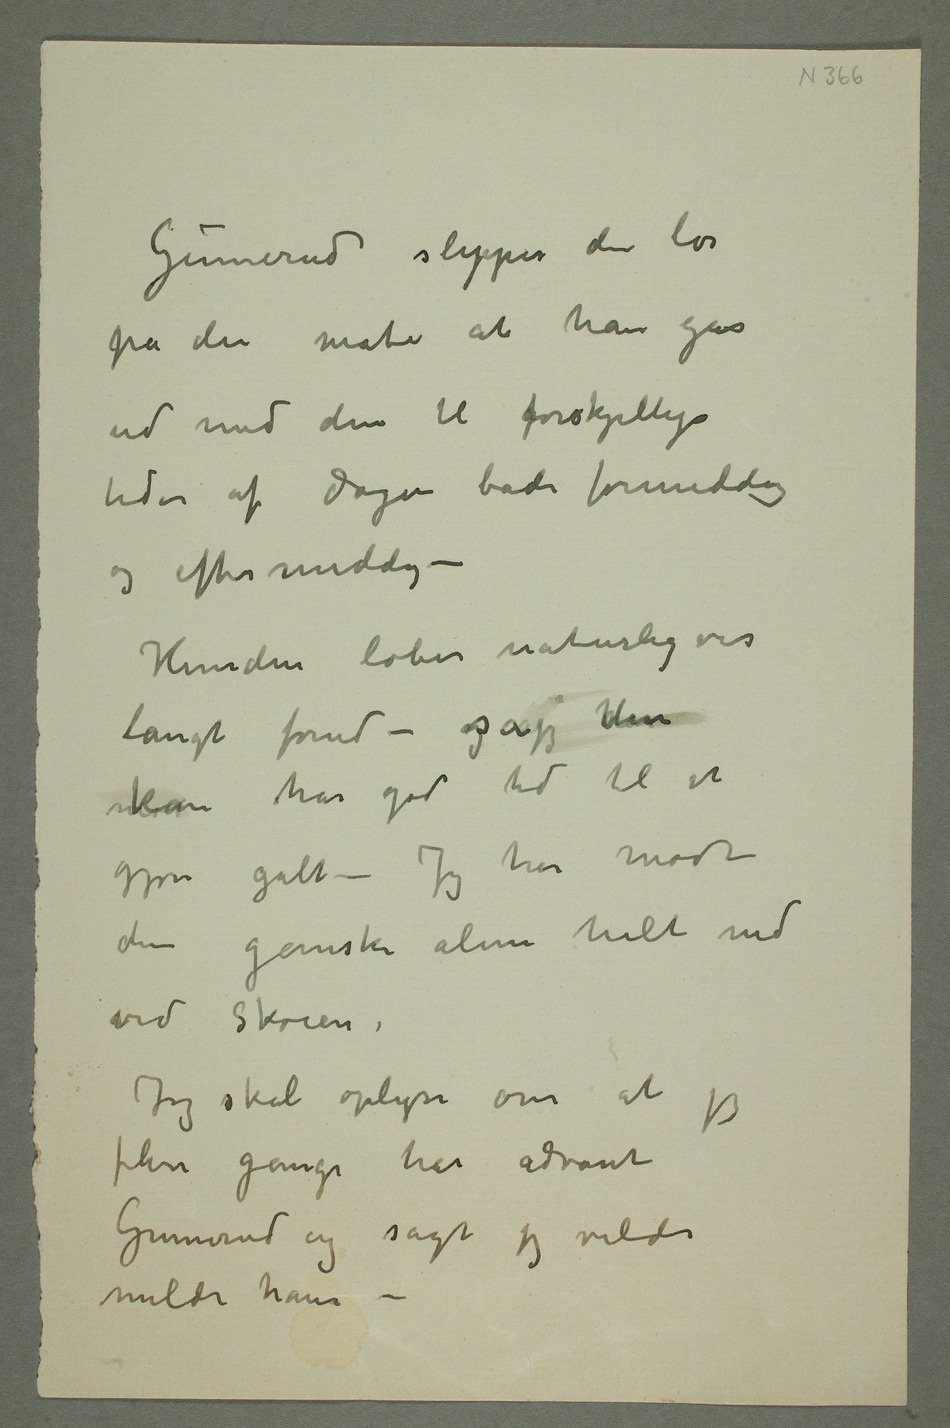
Gunnerud slipper den løs
på den måten at han går
ud med den til forskjellige
tider af dagen både formiddag
og eftermiddag –
Hunden løber naturligvis
langt forud – og jegså harden
kan ha god tid til at
gjøre galt – Jeg har mødt
den ganske alene helt ned
ved Skøien.
Jeg skal oplyse om at jeg
flere ganger har advart
Gunnerud og sagt jeg vilde
melde ham –